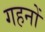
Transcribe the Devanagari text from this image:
गहनोँ